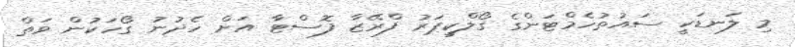
މި ލަނޑަކީ ސައުތުހެމްޓަންގެ ގޯލްކީޕަރު ފްރޭޒާ ފޮސްޓާ އަށް ހެދުނު ގޯހަކުން ވަތް